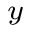
_ y